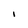
Character: I